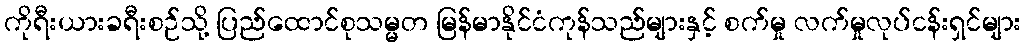
ကိုရီးယားခရီးစဉ်သို့ ပြည်ထောင်စုသမ္မတ မြန်မာနိုင်ငံကုန်သည်များနှင့် စက်မှု လက်မှုလုပ်ငန်းရှင်များ